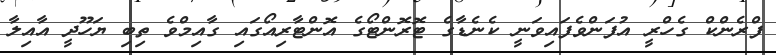
ފްރެންކް ގެހްރީ އުފަންވެފައިވަނީ ކެނެޑާގެ ޓޮރޮންޓޯގެ އޮންޓާރިއޯގައި ގާއިމްވެ ތިބި ޔަހޫދީ އާއިލާ